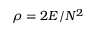
\rho = 2 E / N ^ { 2 }